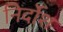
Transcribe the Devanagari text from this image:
निर्दोश